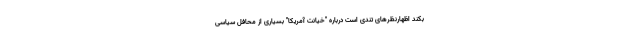
بکند اظهارنظرهای تندی است درباره "خیانت آمریکا" بسیاری از محافل سیاسی